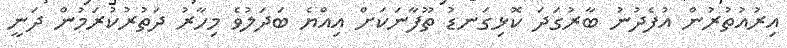
އިރުއުތުރުން އުފެދުނު ބާރުގަދަ ކޮޅިގަނޑު ތޫފާނަކަށް އިއްޔެ ބަދަލުވެ މިހާރު ދަތުރުކުރަމުން ދަނީ